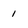
Character: 1